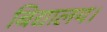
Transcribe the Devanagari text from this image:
बिद्यालय।